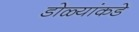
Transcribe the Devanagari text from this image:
डोळ्यांकडे